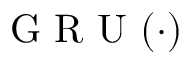
\mathrm { ~ G ~ R ~ U ~ } ( \cdot )